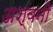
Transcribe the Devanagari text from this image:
अश्‍वनी